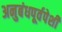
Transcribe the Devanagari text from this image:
अनुबंधपूर्वपेशी